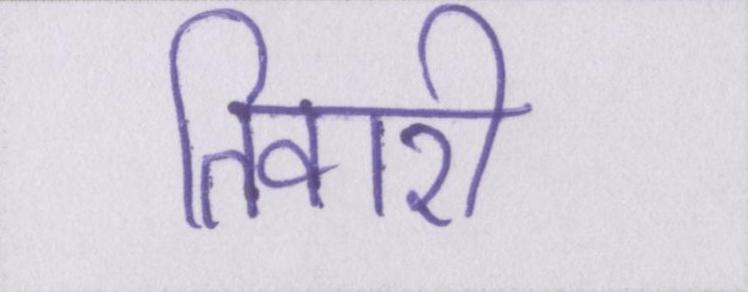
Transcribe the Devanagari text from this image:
तिवारी